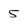
Character: 5